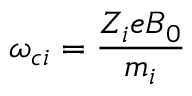
\omega _ { c i } = \frac { Z _ { i } e B _ { 0 } } { m _ { i } }